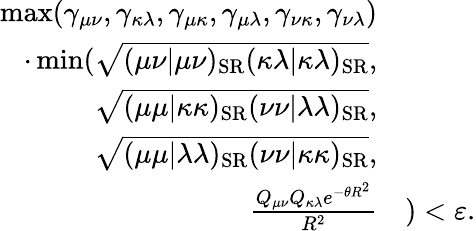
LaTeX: \begin{array}{rl}{\operatorname*{max}(\gamma_{\mu\nu},\gamma_{\kappa\lambda},\gamma_{\mu\kappa},\gamma_{\mu\lambda},\gamma_{\nu\kappa},\gamma_{\nu\lambda})}&{}\\ {\cdot\operatorname*{min}(\sqrt{(\mu\nu|\mu\nu)_{\mathrm{SR}}(\kappa\lambda|\kappa\lambda)_{\mathrm{SR}}},}&{}\\ {\sqrt{(\mu\mu|\kappa\kappa)_{\mathrm{SR}}(\nu\nu|\lambda\lambda)_{\mathrm{SR}}},}&{}\\ {\sqrt{(\mu\mu|\lambda\lambda)_{\mathrm{SR}}(\nu\nu|\kappa\kappa)_{\mathrm{SR}}},}&{}\\ {\frac{Q_{\mu\nu}Q_{\kappa\lambda}e^{-\theta R^{2}}}{R^{2}}}&{)<\varepsilon.}\end{array}